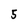
Character: 5